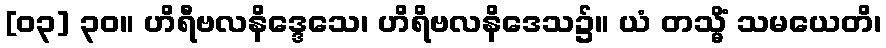
[၀၃] ၃၀။ ဟိရီဗလနိဒ္ဒေသေ၊ ဟိရိဗလနိဒေသ၌။ ယံ တသ္မိံ သမယေတိ၊